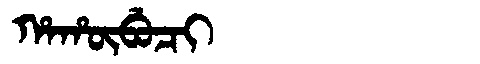
Manchu: ᡥᠠᡥᡡᠪᡠᠴᡳ
Romanization: HAHŪBUCI